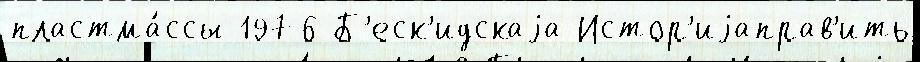
пластма́ссы 1976 Б'еск'идскаjа Истор'иjаправ'ить